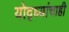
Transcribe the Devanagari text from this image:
योद्ध्यांचाही